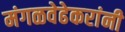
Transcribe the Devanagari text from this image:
मंगळवेढेकरांनी